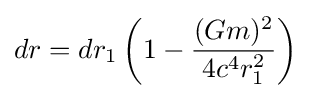
dr=dr_{1}\left(1-{\frac {(Gm)^{2}}{4c^{4}r_{1}^{2}}}\right)